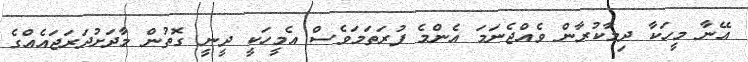
އޭނާ މީހަކާ ދިމާކުރާން ވެއްޖެނަމަ އެންމެ ފުރަތަމަވެސް އެމީހަކީ ދީނީ ގޮތުން މާދަށުދަރަޖައެއްގެ